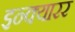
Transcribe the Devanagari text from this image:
इन्क्यारर